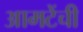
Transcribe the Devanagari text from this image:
आमटेंची